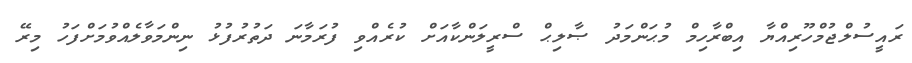
ރައީސުލްޖުމްހޫރިއްޔާ އިބްރާހިމް މުޙަންމަދު ޞާލިޙް ސްރީލަންކާއަށް ކުރެއްވި ފުރަމާނަ ދަތުރުފުޅު ނިންމަވާލެއްވުމަށްފަހު މިރޭ